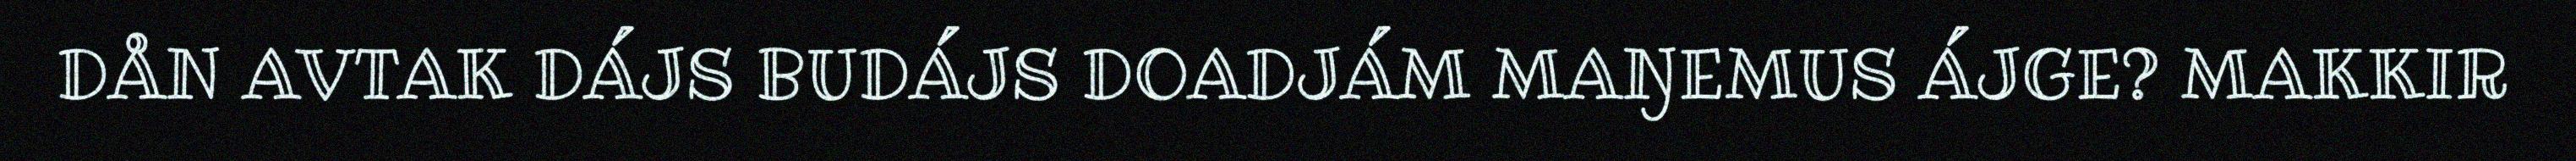
DÅN AVTAK DÁJS BUDÁJS DOADJÁM MAŊEMUS ÁJGE? MAKKIR